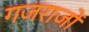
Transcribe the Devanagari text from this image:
गजराजों